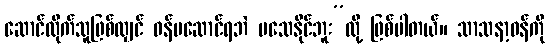
ဆောင်ထိုက်သူဖြစ်လျှင် ဝန်မဆောင်ရဘဲ မသေနိုင်ဘူး”လို့ ဖြစ်ပါတယ်။ သာသနာ့ဝန်ကို